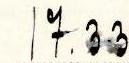
17.33